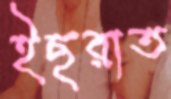
ইছরাত